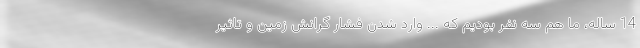
14 ساله، ما هم سه نفر بودیم که ... وارد شدن فشار گرانش زمین و تاثیر